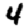
Digit: 4